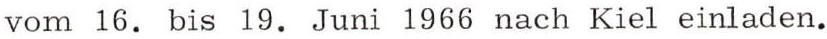
vom 16. bis 19. Juni 1966 nach Kiel einladen.